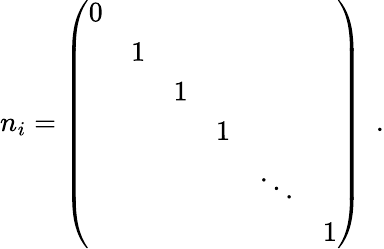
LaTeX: n_{i}=\left(\begin{array}{cccccc}{{0}}&{{}}&{{}}&{{}}&{{}}&{{}}\\ {{}}&{{1}}&{{}}&{{}}&{{}}&{{}}\\ {{}}&{{}}&{{1}}&{{}}&{{}}&{{}}\\ {{}}&{{}}&{{}}&{{1}}&{{}}&{{}}\\ {{}}&{{}}&{{}}&{{}}&{{\ddots}}&{{}}\\ {{}}&{{}}&{{}}&{{}}&{{}}&{{1}}\end{array}\right)\ \ .